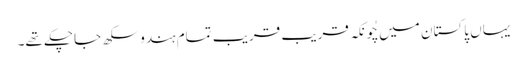
یہاں پاکستان میں چُونکہ قریب قریب تمام ہندو سکھ جاچکے تھے۔